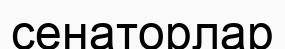
сенаторлар